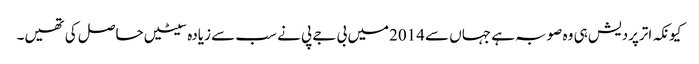
کیونکہ اترپردیش ہی وہ صوبہ ہے جہاں سے 2014میں بی جے پی نے سب سے زیادہ سیٹیں حاصل کی تھیں۔